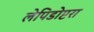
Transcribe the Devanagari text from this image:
लेपिडोप्टरा